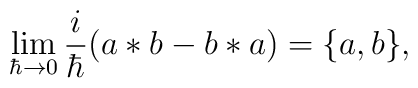
\lim _{\hbar \rightarrow 0}\frac i\hbar (a*b-b*a)=\{a,b\},